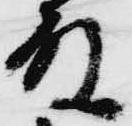
殿